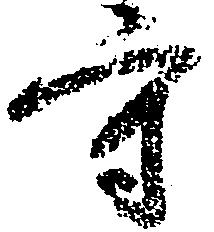
守